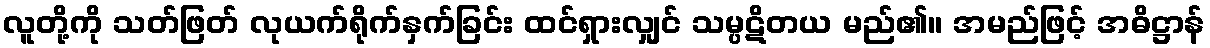
လူတို့ကို သတ်ဖြတ် လုယက်ရိုက်နှက်ခြင်း ထင်ရှားလျှင် သမ္ပဋိတယ မည်၏။ အမည်ဖြင့် အဓိဋ္ဌာန်